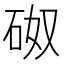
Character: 𥑌